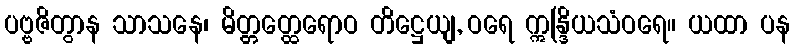
ပဗ္ဗဇိတွာန သာသနေ၊ မိတ္တတ္ထေရောဝ တိဋ္ဌေယျ, ဝရေ ဣန္ဒြိယသံဝရေ။ ယထာ ပန